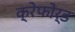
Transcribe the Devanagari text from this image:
क्रेफोर्ड